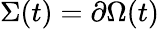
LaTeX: \Sigma(t)=\partial\Omega(t)